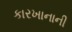
કારખાનાની